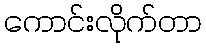
ကောင်းလိုက်တာ